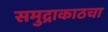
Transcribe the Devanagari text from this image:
समुद्राकाठचा